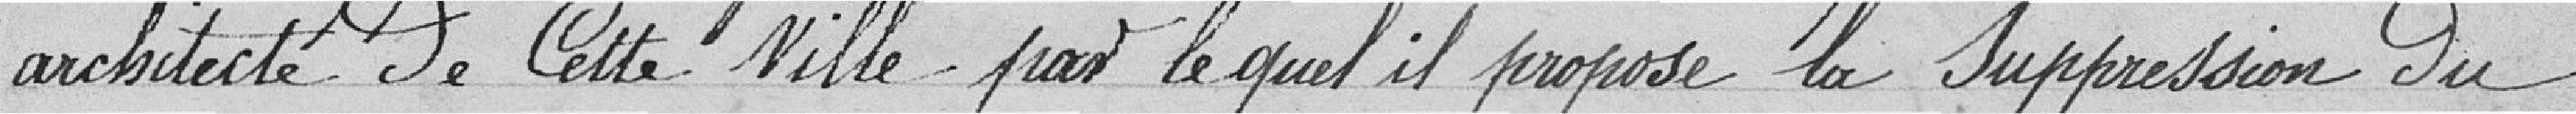
architecte de cette ville par lequel il propose la suppression du